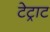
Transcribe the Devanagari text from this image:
टेट्राट